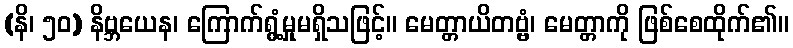
(နိ၊ ၅၀) နိဗ္ဘယေန၊ ကြောက်ရွံ့မှုမရှိသဖြင့်။ မေတ္တာယိတဗ္ဗံ၊ မေတ္တာကို ဖြစ်စေထိုက်၏။